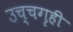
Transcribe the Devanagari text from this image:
उच्चगृही